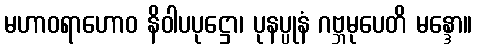
မဟာဝရာဟောဝ နိဝါပပုဋ္ဌော၊ ပုနပ္ပုနံ ဂဗ္ဘမုပေတိ မန္ဒော။